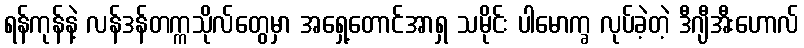
ရန်ကုန်နဲ့ လန်ဒန်တက္ကသိုလ်တွေမှာ အရှေ့တောင်အာရှ သမိုင်း ပါမောက္ခ လုပ်ခဲ့တဲ့ ဒီဂျီအီးဟောလ်